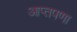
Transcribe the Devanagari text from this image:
आप्तपणा